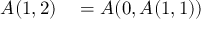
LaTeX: \begin{array} { r l } { A ( 1 , 2 ) } & { { } = A ( 0 , A ( 1 , 1 ) ) } \end{array}